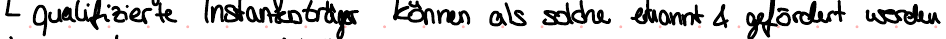
qualifizierte Instanzenträger können als solche erkannt & gefördert werden